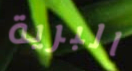
البرية